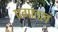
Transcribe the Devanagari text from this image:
पगातलं